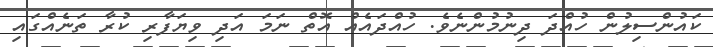
ކައުންސިލުން ހުއްދަ ދިނުމުންނެވެ. ހުއްދައެއް އޮތް ނަމަ އަދި ވިޔަފާރި ކުރާ ތަނެއްގައި